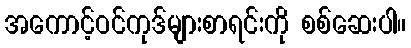
အကောင့်ဝင်ကုဒ်များစာရင်းကို စစ်ဆေးပါ။